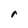
Character: r